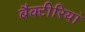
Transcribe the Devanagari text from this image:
बैक्टीरियां